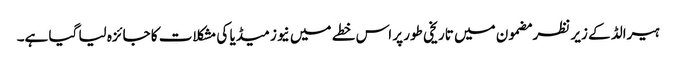
ہیرالڈ کے زیر نظر مضمون میں تاریخی طور پر اس خطے میں نیوز میڈیا کی مشکلات کا جائزہ لیا گیا ہے۔